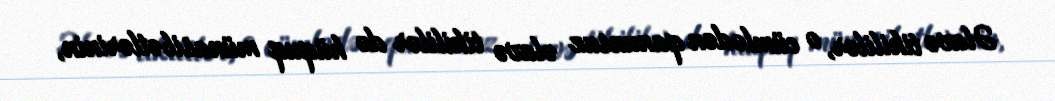
Əlavə tikililər, o cümlədən qanunsuz əlavə tikililər də hüquq münasibətlərinin,